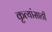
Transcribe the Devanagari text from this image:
कृत्यांसाठी